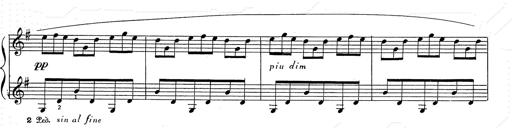
Title: 6 Polish Songs
Composer: Franz Liszt